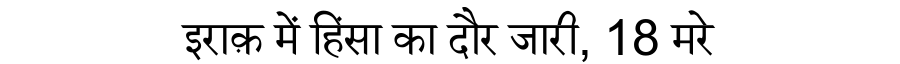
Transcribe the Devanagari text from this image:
इराक़ में हिंसा का दौर जारी, 18 मरे